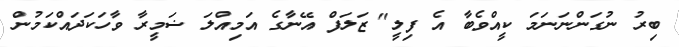
ބިރު ނުގަންނަނަމަ ކީއްވެބާ އެ ފިލީ" ޒަލަފް އޭނާގެ އަމިއްލަ ޟަމީރާ ވާހަކަދައްކަމުން